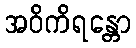
အဝိကိရန္တော